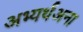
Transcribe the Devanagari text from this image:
अभ्यर्थअना